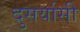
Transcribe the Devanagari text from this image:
दुसर्यासी